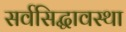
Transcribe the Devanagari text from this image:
सर्वसिद्धावस्था